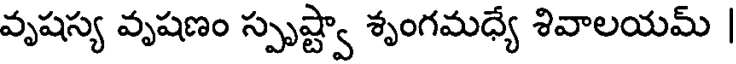
వృషస్య వృషణం స్పృష్ట్వా శృంగమధ్యే శివాలయమ్ |